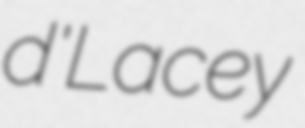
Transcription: d'Lacey